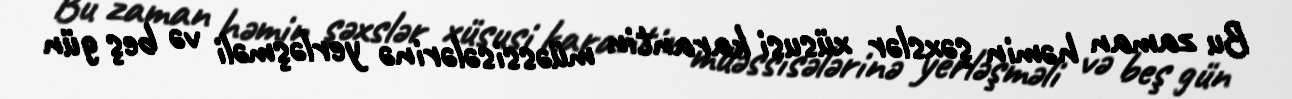
Bu zaman həmin şəxslər xüsusi karantin müəssisələrinə yerləşməli və beş gün